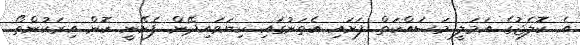
އެ ކޮލެޖުގެ އަމަލީ މަަސައްކަތް ފަށައި އެތަނުގައި ކިޔަވައިދޭން ފެށޭނީ ކޮން އިރަކުންތޯ